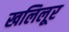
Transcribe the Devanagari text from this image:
खलिलूर